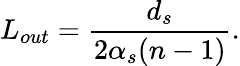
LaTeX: L_{out}=\frac{d_{s}}{2\alpha_{s}(n-1)}.